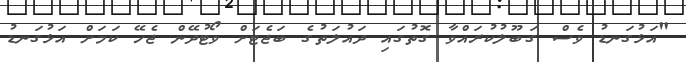
"އަޅުގަނޑު ވެސް ގަބޫލުކުރައްވާ ގޮތުގައި ދައުލަތުގެ ބަޖެޓަށް ވޯޓުދޭން ޖެހޭ ކަމަށް އަޅުގަނޑު